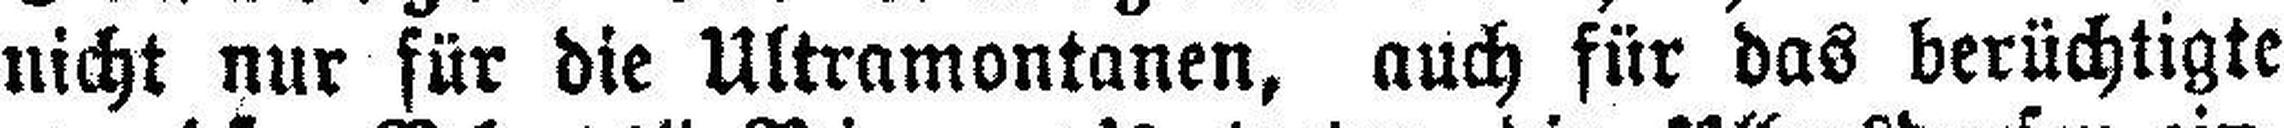
nicht nur für die Ultramontanen, auch für das berüchtigte